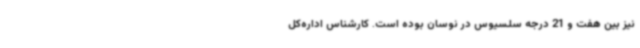
نیز بین هفت و 21 درجه سلسیوس در نوسان بوده است. کارشناس اداره‌کل